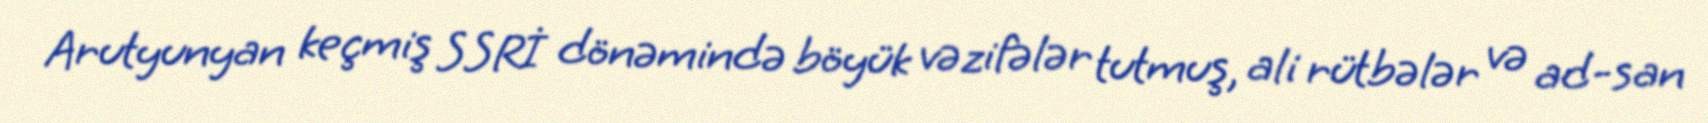
Arutyunyan keçmiş SSRİ dönəmində böyük vəzifələr tutmuş, ali rütbələr və ad-san